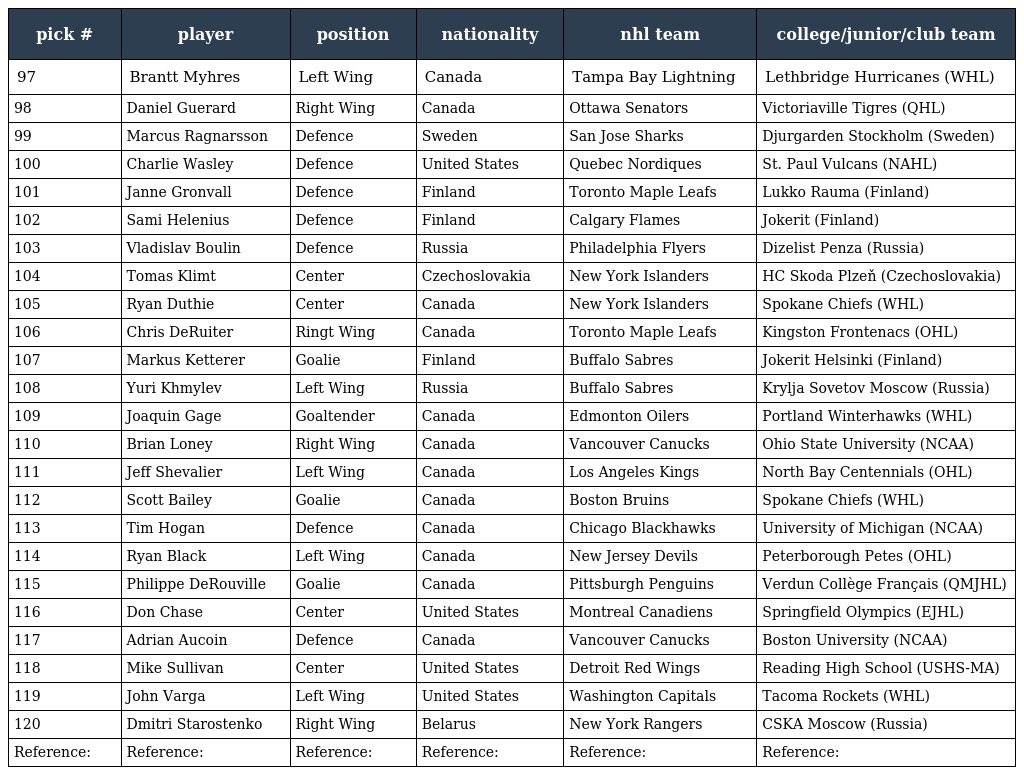
| pick # | player | position | nationality | nhl team | college/junior/club team |
 | --- | --- | --- | --- | --- | --- |
 | 97 | Brantt Myhres | Left Wing | Canada | Tampa Bay Lightning | Lethbridge Hurricanes (WHL) |
 | 98 | Daniel Guerard | Right Wing | Canada | Ottawa Senators | Victoriaville Tigres (QHL) |
 | 99 | Marcus Ragnarsson | Defence | Sweden | San Jose Sharks | Djurgarden Stockholm (Sweden) |
 | 100 | Charlie Wasley | Defence | United States | Quebec Nordiques | St. Paul Vulcans (NAHL) |
 | 101 | Janne Gronvall | Defence | Finland | Toronto Maple Leafs | Lukko Rauma (Finland) |
 | 102 | Sami Helenius | Defence | Finland | Calgary Flames | Jokerit (Finland) |
 | 103 | Vladislav Boulin | Defence | Russia | Philadelphia Flyers | Dizelist Penza (Russia) |
 | 104 | Tomas Klimt | Center | Czechoslovakia | New York Islanders | HC Skoda Plzeň (Czechoslovakia) |
 | 105 | Ryan Duthie | Center | Canada | New York Islanders | Spokane Chiefs (WHL) |
 | 106 | Chris DeRuiter | Ringt Wing | Canada | Toronto Maple Leafs | Kingston Frontenacs (OHL) |
 | 107 | Markus Ketterer | Goalie | Finland | Buffalo Sabres | Jokerit Helsinki (Finland) |
 | 108 | Yuri Khmylev | Left Wing | Russia | Buffalo Sabres | Krylja Sovetov Moscow (Russia) |
 | 109 | Joaquin Gage | Goaltender | Canada | Edmonton Oilers | Portland Winterhawks (WHL) |
 | 110 | Brian Loney | Right Wing | Canada | Vancouver Canucks | Ohio State University (NCAA) |
 | 111 | Jeff Shevalier | Left Wing | Canada | Los Angeles Kings | North Bay Centennials (OHL) |
 | 112 | Scott Bailey | Goalie | Canada | Boston Bruins | Spokane Chiefs (WHL) |
 | 113 | Tim Hogan | Defence | Canada | Chicago Blackhawks | University of Michigan (NCAA) |
 | 114 | Ryan Black | Left Wing | Canada | New Jersey Devils | Peterborough Petes (OHL) |
 | 115 | Philippe DeRouville | Goalie | Canada | Pittsburgh Penguins | Verdun Collège Français (QMJHL) |
 | 116 | Don Chase | Center | United States | Montreal Canadiens | Springfield Olympics (EJHL) |
 | 117 | Adrian Aucoin | Defence | Canada | Vancouver Canucks | Boston University (NCAA) |
 | 118 | Mike Sullivan | Center | United States | Detroit Red Wings | Reading High School (USHS-MA) |
 | 119 | John Varga | Left Wing | United States | Washington Capitals | Tacoma Rockets (WHL) |
 | 120 | Dmitri Starostenko | Right Wing | Belarus | New York Rangers | CSKA Moscow (Russia) |
 | Reference: | Reference: | Reference: | Reference: | Reference: | Reference: |